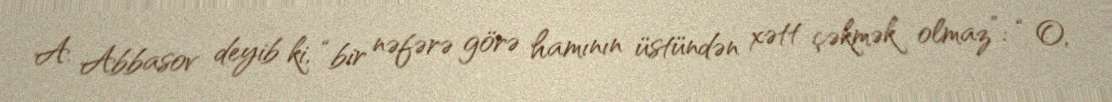
A. Abbasov deyib ki, “bir nəfərə görə hamının üstündən xətt çəkmək olmaz”: “ O,